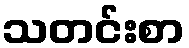
သတင်းစာ